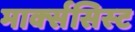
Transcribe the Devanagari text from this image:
मार्क्‍ससिस्‍ट